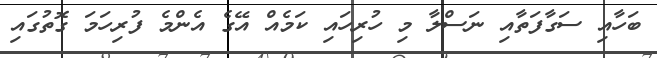
ބަހާއި ސަގާފަތާއި ނަސްލާ މި ހުރިހައި ކަމެއް އޭގެ އެންމެ ފުރިހަމަ ގޮތުގައި